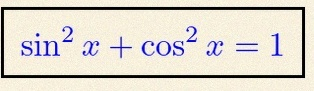
\sin^2x+\cos^2x=1